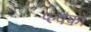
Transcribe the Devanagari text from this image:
प्ल्वकों